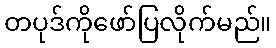
တပုဒ်ကိုဖော်ပြလိုက်မည်။